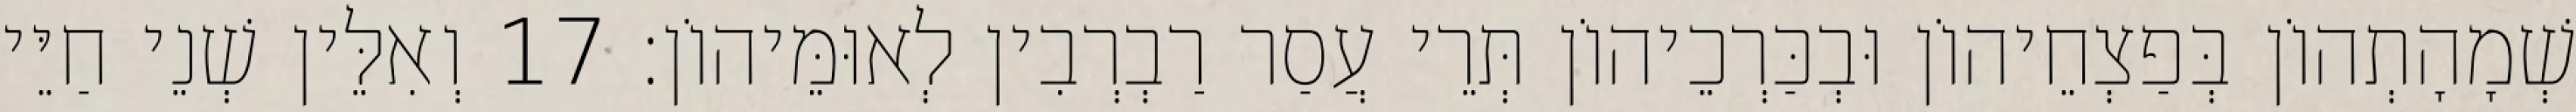
שְׁמָהָתְהוֹן בְּפַצְחֵיהוֹן וּבְכַּרְכֵיהוֹן תְּרֵי עֲסַר רַבְרְבִין לְאוּמֵּיהוֹן׃ 17 וְאִלֵּין שְׁנֵי חַיֵּי